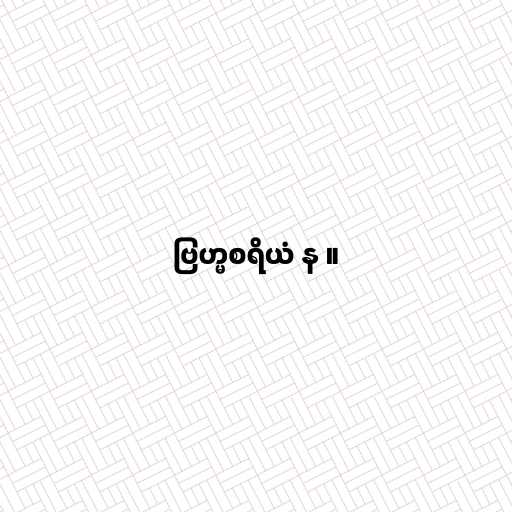
ဗြဟ္မစရိယံ န ။